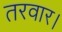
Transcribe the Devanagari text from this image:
तरवार।